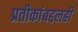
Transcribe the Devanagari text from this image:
प्रतीकांबद्दलही